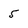
Character: 5